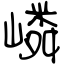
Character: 嶙